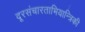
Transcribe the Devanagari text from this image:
दूरसंचारताभियान्त्रिकी